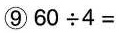
⑨60\div4=